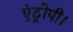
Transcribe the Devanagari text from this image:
एंट्रोपी।